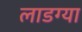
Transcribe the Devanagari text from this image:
लाडग्या